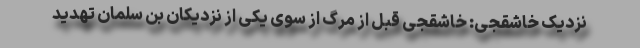
نزدیک خاشقجی: خاشقجی قبل از مرگ از سوی یکی از نزدیکان بن سلمان تهدید